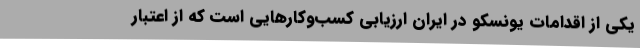
یکی از اقدامات یونسکو در ایران ارزیابی کسب‌وکارهایی است که از اعتبار